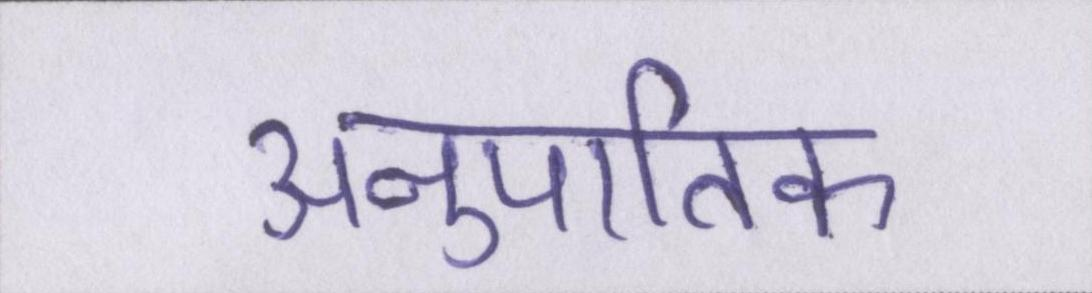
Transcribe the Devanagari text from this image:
अनुपातिक